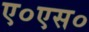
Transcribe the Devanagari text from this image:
ए०एस०